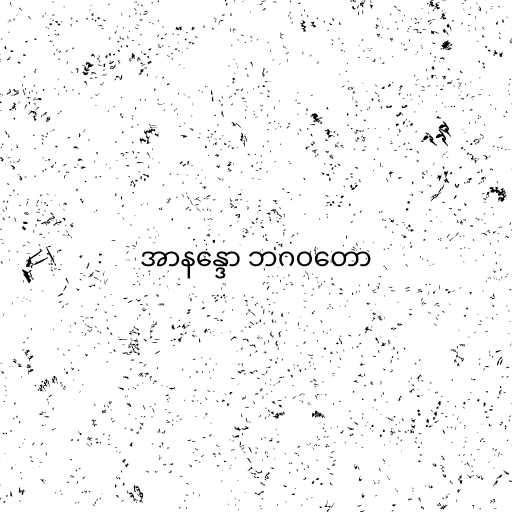
အာနန္ဒော ဘဂဝတော